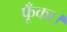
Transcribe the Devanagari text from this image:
फूँका।